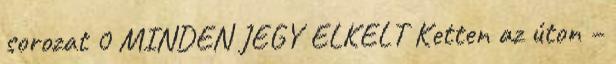
sorozat 0 MINDEN JEGY ELKELT Ketten az úton –